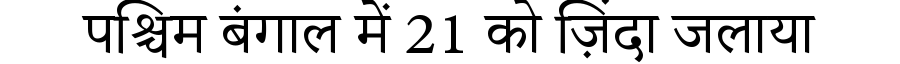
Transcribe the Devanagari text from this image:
पश्चिम बंगाल में 21 को ज़िंदा जलाया